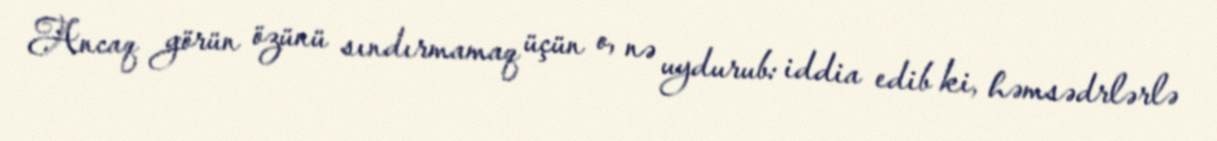
Ancaq görün özünü sındırmamaq üçün o, nə uydurub: iddia edib ki, həmsədrlərlə